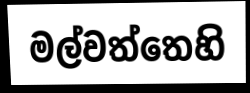
මල්වත්තෙහි